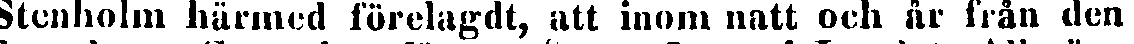
Stenholm härmed förelagdt, att inom natt och år från den